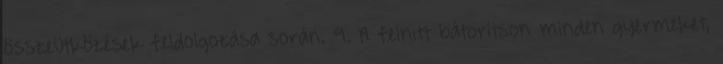
összeütközések feldolgozása során. 9. A felnıtt bátorítson minden gyermeket,